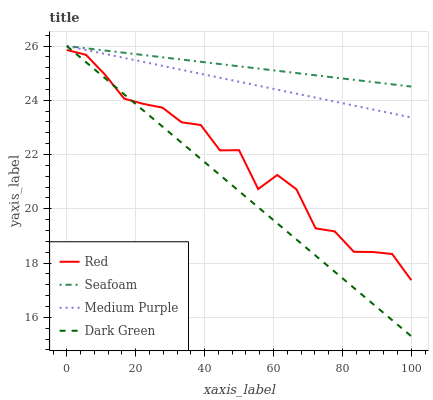
| xaxis_label | Red | Seafoam | Medium Purple | Dark Green |
 | --- | --- | --- | --- | --- |
 | 0 | 25.9 | 26 | 26 | 26 |
 | 5.56 | 25.7 | 25.9 | 25.9 | 25.4 |
 | 11.1 | 24.9 | 25.8 | 25.7 | 24.8 |
 | 16.7 | 24.1 | 25.8 | 25.6 | 24.2 |
 | 22.2 | 23.9 | 25.7 | 25.4 | 23.6 |
 | 27.8 | 23.7 | 25.6 | 25.3 | 23 |
 | 33.3 | 23.2 | 25.5 | 25.1 | 22.4 |
 | 38.9 | 23.1 | 25.4 | 25 | 21.8 |
 | 44.4 | 22.2 | 25.3 | 24.8 | 21.2 |
 | 50 | 22.2 | 25.3 | 24.7 | 20.7 |
 | 55.6 | 20.7 | 25.2 | 24.5 | 20.1 |
 | 61.1 | 21.2 | 25.1 | 24.4 | 19.5 |
 | 66.7 | 20.7 | 25 | 24.2 | 18.9 |
 | 72.2 | 19.3 | 24.9 | 24.1 | 18.3 |
 | 77.8 | 19.2 | 24.8 | 24 | 17.7 |
 | 83.3 | 18.4 | 24.8 | 23.8 | 17.1 |
 | 88.9 | 18.4 | 24.7 | 23.7 | 16.5 |
 | 94.4 | 18.3 | 24.6 | 23.5 | 15.9 |
 | 100 | 17.4 | 24.5 | 23.4 | 15.3 |